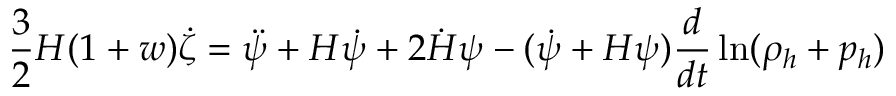
\frac { 3 } { 2 } H ( 1 + w ) \dot { \zeta } = \ddot { \psi } + H \dot { \psi } + 2 \dot { H } \psi - ( \dot { \psi } + H \psi ) \frac { d } { d t } \ln ( \rho _ { h } + p _ { h } )